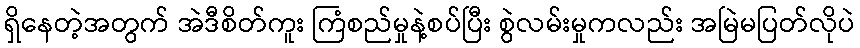
ရှိနေတဲ့အတွက် အဲဒီစိတ်ကူး ကြံစည်မှုနဲ့စပ်ပြီး စွဲလမ်းမှုကလည်း အမြဲမပြတ်လိုပဲ